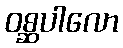
ဝစ္ဆပါလော